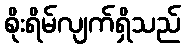
စိုးရိမ်လျက်ရှိသည်